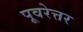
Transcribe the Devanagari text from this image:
पूवरेत्तर